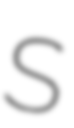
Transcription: S